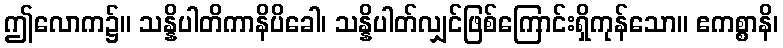
ဤလောက၌။ သန္နိပါတိကာနိပိခေါ၊ သန္နိပါတ်လျှင်ဖြစ်ကြောင်းရှိကုန်သော။ ဧကစ္စာနိ၊